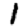
Digit: 1